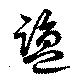
塩